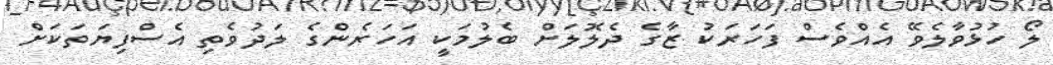
ލޯ ހުޅުވާލެވޭ އެއްވެސް ފަހަރަކު ޒާގެ ދެލޮލަށް ބެލުމަކީ އަހަރެންގެ ލަދުވެތި އެސްފިޔަތަކަށް